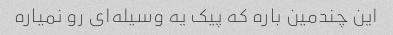
این چندمین باره که پیک یه وسیله‌ای رو نمیاره